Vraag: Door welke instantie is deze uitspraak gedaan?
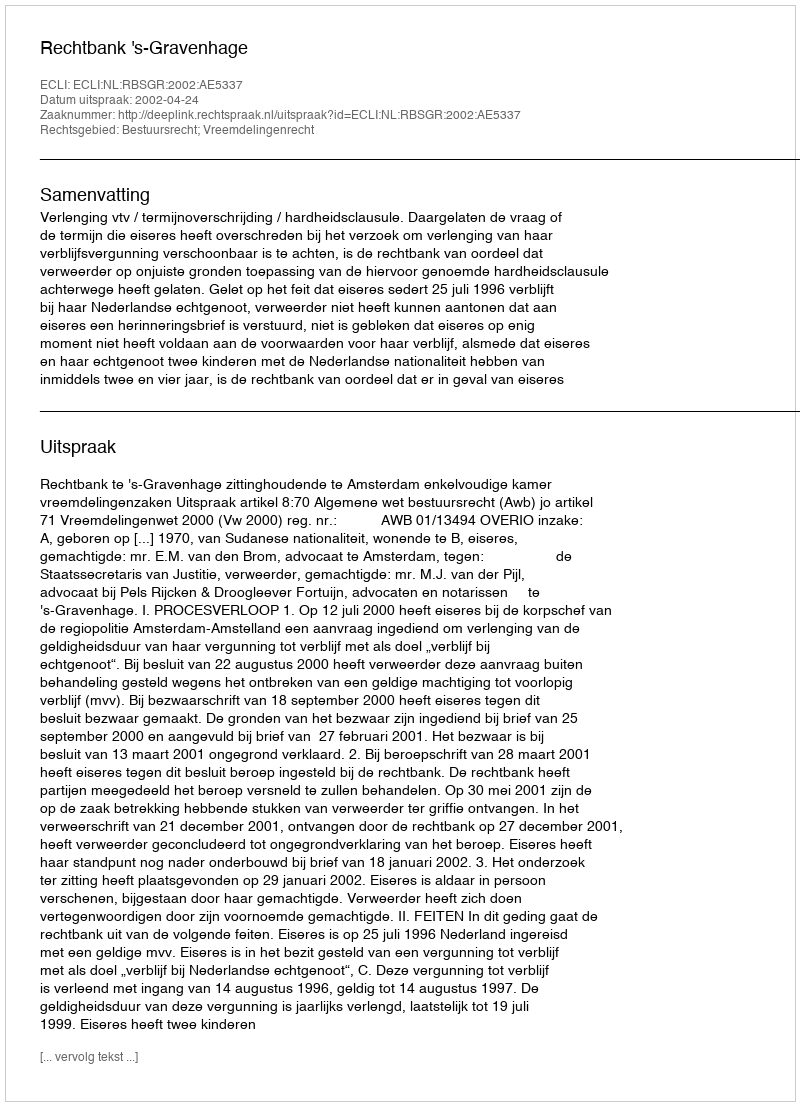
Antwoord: Rechtbank 's-Gravenhage